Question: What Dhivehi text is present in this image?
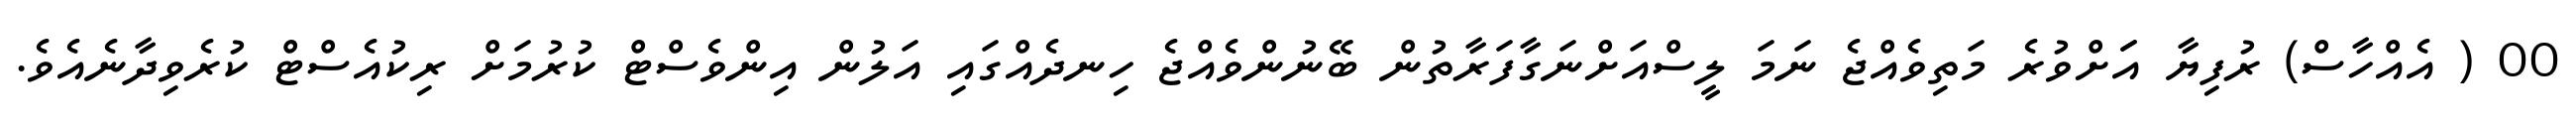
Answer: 00 ( އެއްހާސް) ރުފިޔާ އަަށްވުރެ މަތިވެއްޖެ ނަމަ ލީސްއަށްނަގާފަރާތުން ބޭނުންވެއްޖެ ހިނދެއްގައި އަލުން އިންވެސްޓް ކުރުމަށް ރިކުއެސްޓް ކުރެވިދާނެއެވެ.